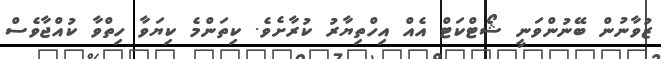
ޒުވާނުން ބޭނުންވަނީ ޝޯޓްކަޓް އެއް އިހްތިޔާރު ކުރާށެވެ. ކިތަންމެ ކިޔަވާ ހިތްވާ ކުއްޖާވެސް